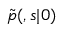
\tilde { p } ( \r , s | \r _ { 0 } )